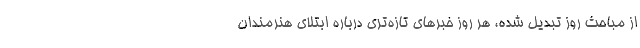
از مباحث روز تبدیل شده، هر روز خبرهای تازه‌تری درباره ابتلای هنرمندان